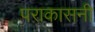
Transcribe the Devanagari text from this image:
पराकासनी